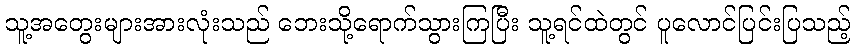
သူ့အတွေးများအားလုံးသည် ဘေးသို့ရောက်သွားကြပြီး သူ့ရင်ထဲတွင် ပူလောင်ပြင်းပြသည့်